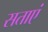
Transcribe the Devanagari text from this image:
सताएं